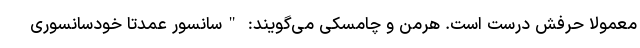
معمولا حرفش درست است. هرمن و چامسکی می‌گویند: "سانسور عمدتا خودسانسوری